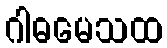
ဂါဓမေသထ